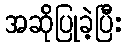
အဆိုပြုခဲ့ပြီး